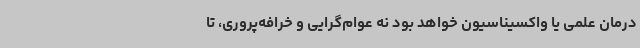
درمان علمی یا واکسیناسیون خواهد بود نه عوام‌گرایی و خرافه‌پروری، تا